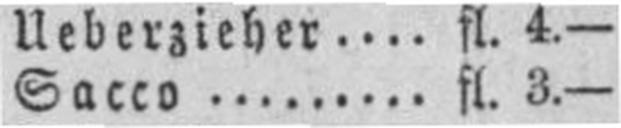
Sacco fl. 3.—